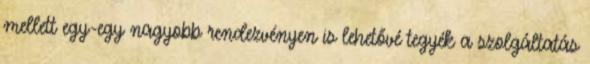
mellett egy-egy nagyobb rendezvényen is lehetővé tegyék a szolgáltatás